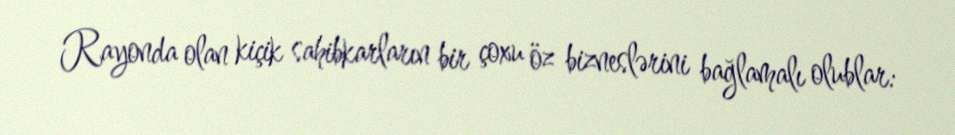
Rayonda olan kiçik sahibkarların bir çoxu öz bizneslərini bağlamalı olublar: